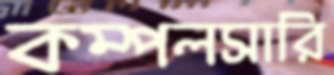
কম্পলসারি